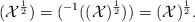
LaTeX: \begin{align*} (\mathcal{X}^{\frac{1}{2}})&=(^{-1}((\mathcal{X})^{\frac{1}{2}})) =(\mathcal{X})^{\frac{1}{2}}. \end{align*}